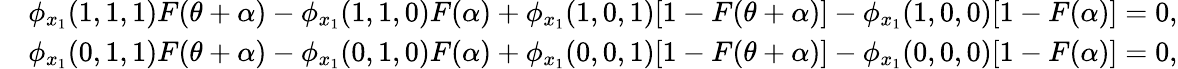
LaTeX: \begin{array}{rl}&{\phi_{x_{1}}(1,1,1)F(\theta+\alpha)-\phi_{x_{1}}(1,1,0)F(\alpha)+\phi_{x_{1}}(1,0,1)[1-F(\theta+\alpha)]-\phi_{x_{1}}(1,0,0)[1-F(\alpha)]=0,}\\ &{\phi_{x_{1}}(0,1,1)F(\theta+\alpha)-\phi_{x_{1}}(0,1,0)F(\alpha)+\phi_{x_{1}}(0,0,1)[1-F(\theta+\alpha)]-\phi_{x_{1}}(0,0,0)[1-F(\alpha)]=0,}\end{array}